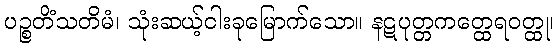
ပဉ္စတိံသတိမံ၊ သုံးဆယ့်ငါးခုမြောက်သော။ နဋပုတ္တကတ္ထေရဝတ္ထု၊